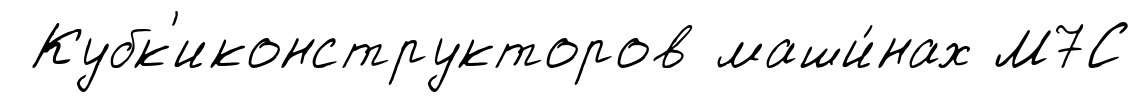
Кубк'иконструкторов маши́нах М7С